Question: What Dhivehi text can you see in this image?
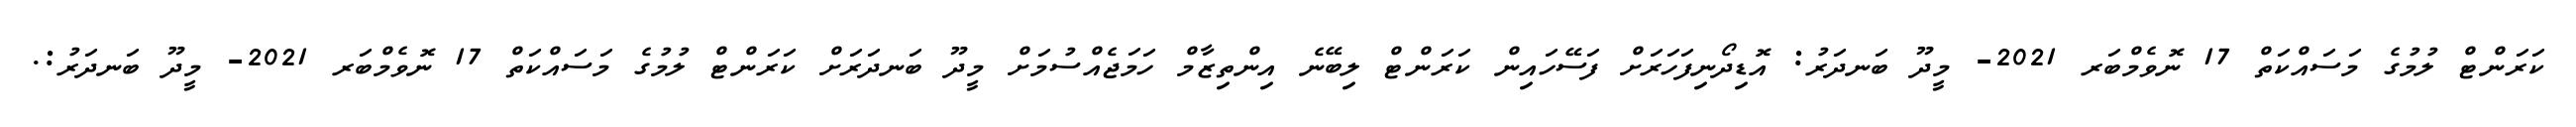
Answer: ކަރަންޓް ލުމުގެ މަސައްކަތް 17 ނޮވެމްބަރ 2021- މީދޫ ބަނދަރު: އޮޑިދޯނިފަހަރަށް ފަސޭހައިން ކަރަންޓް ލިބޭނެ އިންތިޒާމް ހަމަޖެއްސުމަށް މީދޫ ބަނދަރަށް ކަރަންޓް ލުމުގެ މަސައްކަތް 17 ނޮވެމްބަރ 2021- މީދޫ ބަނދަރު:.